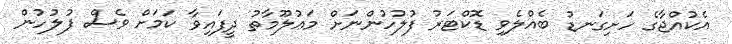
އެކުއްޖާގެ ހަށިގަނޑު ބެއްލެވި ޑޮކްޓަރު ފުލުހުންނަށް މަޢުލޫމާތު ދީފައިވާ ކަމަށް ވެސް ފުލުހުން